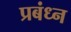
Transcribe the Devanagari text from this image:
प्रबंध्न